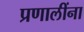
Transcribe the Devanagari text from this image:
प्रणालींना